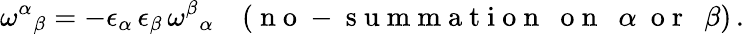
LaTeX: \omega^{\alpha}{}_{\beta}=-\epsilon_{\alpha}\, \epsilon_{\beta}\, \omega^{\beta}{}_{\alpha}\quad(\mathrm{~n~o~-~s~u~m~m~a~t~i~o~n~~~o~n~~~}\alpha~\mathrm{~o~r~~~}\beta)\, .